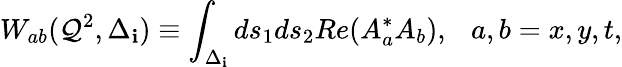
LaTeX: W_{ab}(\mathcal{Q}^{2},\Delta_{\mathbf{i}})\equiv\int_{\Delta_{\mathbf{i}}}ds_{1}ds_{2}Re(A_{a}^{*}A_{b}),~~~a,b=x,y,t,